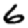
Digit: 6